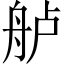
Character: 舻